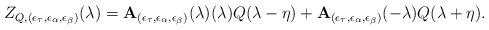
LaTeX: \begin{align*}Z_{Q,(\epsilon _{\tau },\epsilon _{\alpha },\epsilon _{\beta })}(\lambda )=\mathbf{A}_{(\epsilon _{\tau },\epsilon _{\alpha },\epsilon _{\beta})}(\lambda )(\lambda )Q(\lambda -\eta )+\mathbf{A}_{(\epsilon _{\tau},\epsilon _{\alpha },\epsilon _{\beta })}(-\lambda )Q(\lambda +\eta ).\end{align*}